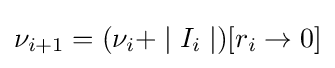
\nu _{i+1}=(\nu _{i}+\mid I_{i}\mid )[r_{i}\rightarrow 0]